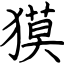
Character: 獏